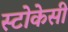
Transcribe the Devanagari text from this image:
स्टोकेसी